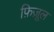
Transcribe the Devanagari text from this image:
फ़िज़ूल